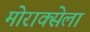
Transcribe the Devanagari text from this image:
मोराक्सेला